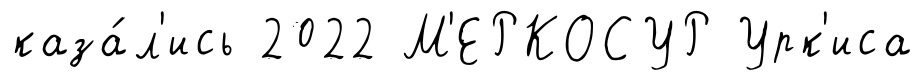
каза́л'ись 2022 М'ЕРКОСУР Урк'иса